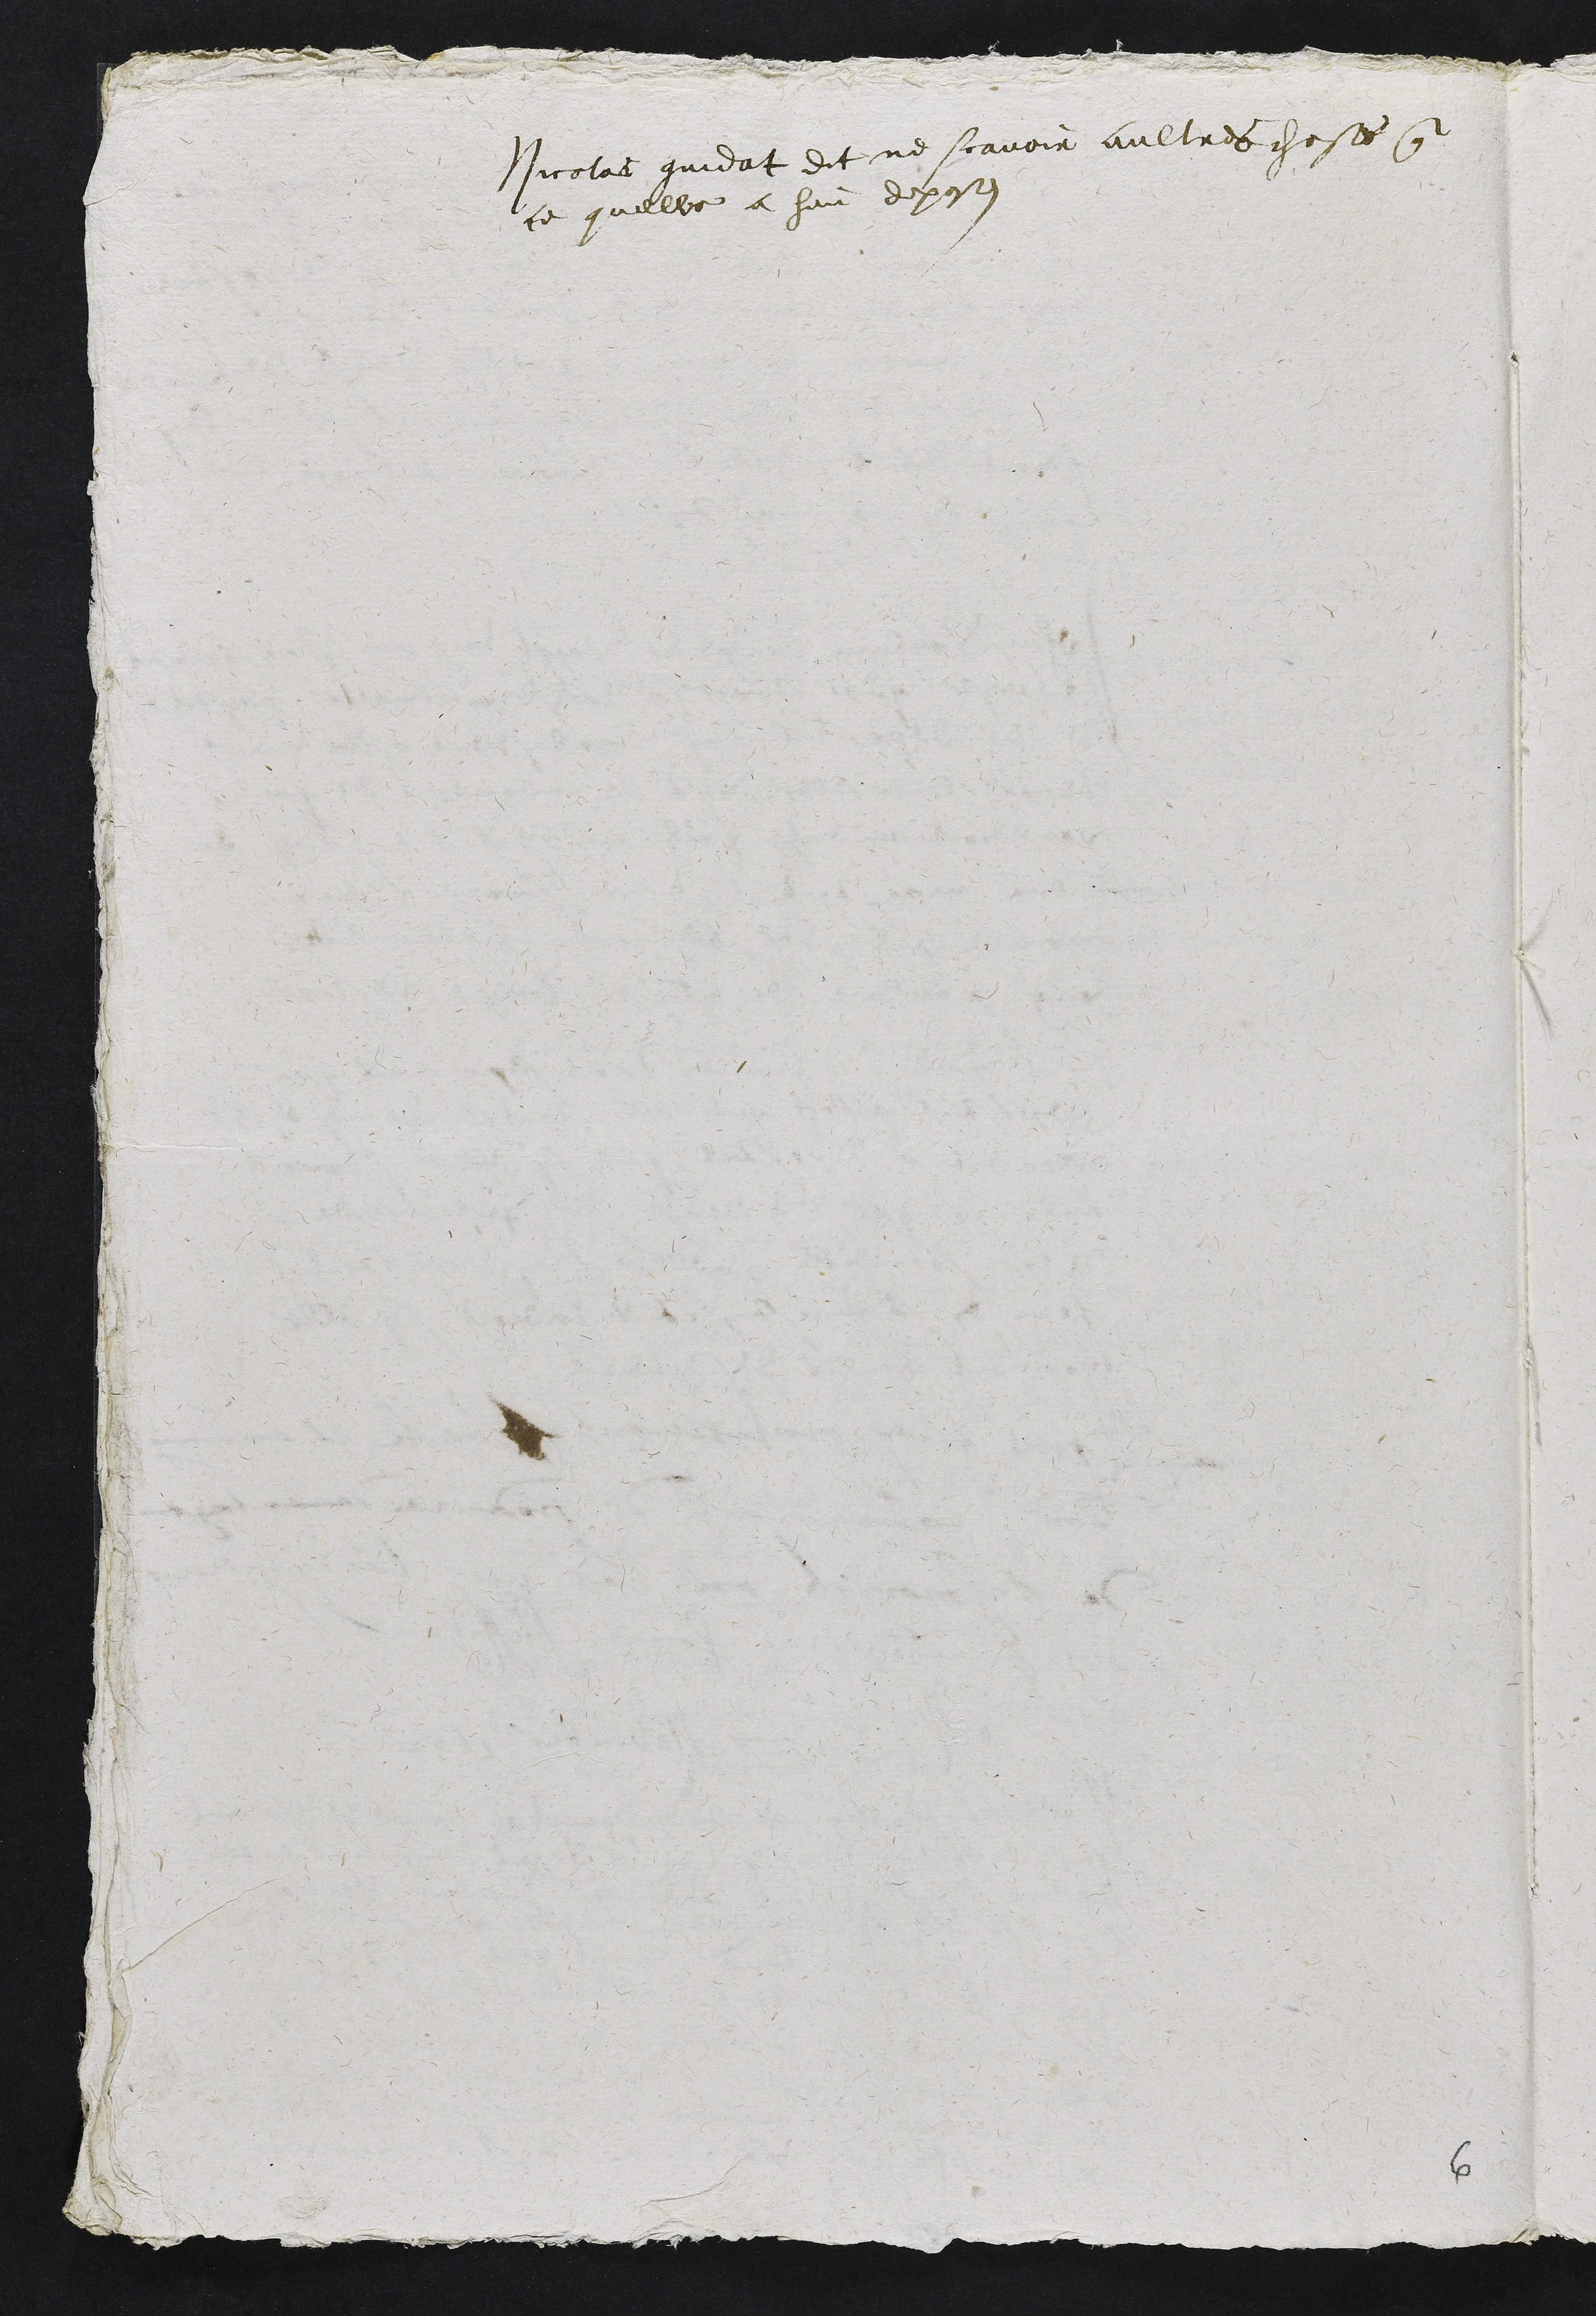
Nicolas gindat dit ne scavoir aultres choses que
ce quelle a heu deposez

6